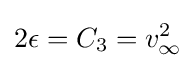
2\epsilon =C_{3}=v_{\infty }^{2}\,\!